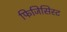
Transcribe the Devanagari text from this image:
फिजिसिस्ट